Vital statistics of India. Vol. VI, European troops 1870-79
Year: 1870
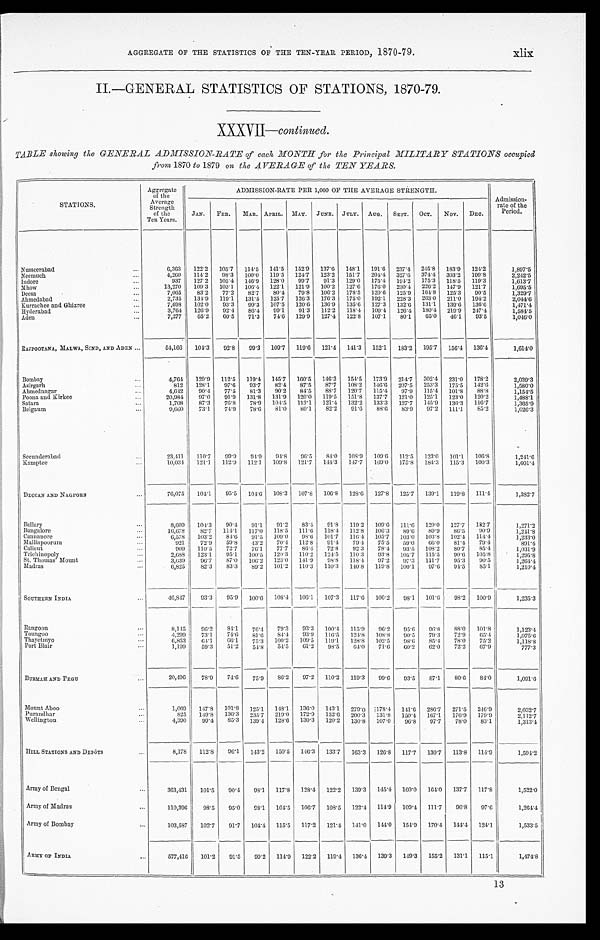
AGGREGATE OF THE STATISTICS OF THE TEN-YEAR PERIOD, 1870-79.
xlix
II.—GENERAL STATISTICS OF STATIONS, 1870-79.
XXXVII—continued.
TABLE showing the GENERAL ADMISSION-RATE of each MONTH for the Principal MILITARY STATIONS occupied
from 1870 to 1879 on the AVERAGE of the TEN YEARS.
STATIONS.
Aggregate
of the
Average
Strength
of the
Ten Years.
ADMISSION-RATE PER 1,000 OF THE AVERAGE STRENGTH.
Admission
-
rate of the
Period.
JAN.
FEB.
MAR. APRIL.
MAY.
JUNE.
JULY.
AUG.
SEPT.
OCT.
NOV.
DEC.
Nusseerabad . . .
6,363
122.2
105.7
114.5
141.5
152.9
137.6
148.1
191.6
237.4
245.8
183.9
124.2
1,897.5
Neemuch . . .
4,260
114.2
98.3
100.0
119.5
124.7
123.2
151.7
204.4
327.6
374.4
303.2
199.8
2,242.5
Indore . . .
937
127.2
105.4
146.9
128.0
99.7
91.3
129.0
175.4
194.2
175.3
118.5
119.3
1,613.7
Mhow . . .
13,270
109.3
103.1
106.4
122.1
121.9
100.2
127.6
176.0
230.4
226.2
147.9
121.7
1,695.5
Deesa . . .
7,065
83.2
77.2
82.7
80.4
79.8
106.2
178.5
120.6
125.9
164.8
125.3
90.5
1,329.7
Ahmedabad . . .
2,735
134.9
119.1
131.5
125.7
126.3
176.3
175.0
192.1
228.3
263.0
211.0
194.2
2,044.6
Kurrachee and Ghizree . . .
7,698
102.0
93.3
99.3
107.5
120.6
136.9
135.6
127.3
132.6
131.1
139.6
136.6
1, 471. 4
Hyderabad . . .
3,764
126.9
92.4
86.4
99.1
91.3
112.2
118.4
109.4
126.4
180.4
219.9
247.4
1,584.5
Aden . . .
7,277
65.2
60.5
71.3
74.6
129.9
127.4
122.8
107.1
80.1
65.0
46.1
93.5
1,046.0
RAJPOOTANA, MALWA, SIND, AND ADEN . . .
54,166
104.3
92.8
99.3
109.7
119.6
121.4
141.3
152.1
183.2
195.7
156.4
136.4
1,614.0
Bombay . . .
4,764
129.9
112.5
119.4
145.7
160.5
146.3
154.5
173.9
214.7
302.4
231.0
178.2
2,039.3
Asirgarh . . .
812
128.1
97.6
93.7
82.4
87.5
87.7
108.2
146.6
207.5
253.3
175.5
142.6
1,580.0
Ahmednagar . . .
4,642
90.4
77.5
81.3
90.2
84.5
88.7
120.7
115.4
97.9
115.4
101.8
88.8
1,154.5
Poona and Kirkee . . .
20,984
97.0
91.9
131.8
131.9
120.0
119.5
151.8
137.7
121.0
125.1
123.0
120.2
1,488.1
Satara . . .
1,708
87.3
76.8
78.9
104.5
113.1
121.4
132.2
133.3
127.7
145.9
136.3
116.7
1,365.9
Belgaum . . .
9,660
73.1
74.9
78.6
81.0
80.1
82.2
91.6
88.6
83.9
97.2
111.1
85.2
1,026.3
Secunderabad . . .
23,411
110.7
99.9
94.9
94.8
96.5
84.0
108.9
109.6
112.5
123.0
101.1
106.8
1,241.6
Kamptee . . .
10,034
121.1
112.9
112.1
109.8
121.7
144.3
147.7
169.0
175.8
184.3
115.3
100.3
1,601.4
DECCAN AND NAGPORE . . .
76,075
104.1
95.5
104.6
108.3
107.8
106.8
128.6
127.8
125.7
139.1
119.8
111.4
1,382.7
Bellary . . .
8,609
104.3
90.4
91.1
91.2
83.4
91.8
119.2
109.6
111.6
120.0
127.7
132.7
1,271.2
Bangalore . . .
16,678
82.7
114.1.
117.0
118.5
111.6
118.4
112.8
106.3
89.6
89.9
86.5
90.9
1,241.8
Cannanore . . .
6,578
103.2
84.6
91.5
109.0
98.6
101.7
116.4
105.7
103.0
103.8
102.4
114.4
1,233.0
Malliapoorum . . .
921
72.9
59.8
43.2
70.4
112.8
91.4
79.4.
75.5
59.0
66.0
81.4
79.4
891.4
Calicut . . .
909
110.5
72.7
76.1
77.7
86.4
72.8
92.3
78.4
93.5
108.2
80.7
85.4
1,031.9
Tricbinopoly . . .
2,688
123.1
95.1
100.5
120.3
110.2
124.5
110.3
93.8
105.7
115.5
90.6
105.8
1,295.8
St. Thomas' Mount . . .
3,639
96.7
87.0
106.2
123.0
141.9
98.8
118.4
97.2
97.3
111.7
95.3
90.5
1,264.4
Madras . . .
6,825
82.3
83.3
89.2
101.2
110.3
110.3
140.8
119.8
100.1
97.6
94.5
85.1
1,210.4
SOUTHERN INDIA . . .
46,847
93.3
95.9
100.6
108.4
106.1
107.3
117.6
106.2
98.1
101.6
98.2
100.9
1,235.3
Rangoon . . .
8,145
96.2
84.1
76.4
79.3
93.3
100.4
115.9
9 6 . 2
95.6
96.8
88.0
101.8
1,123.4
Toungoo . . .
4,299
73.1
74.6
81.6
84.4
93.9 116.5
124.8
108.8
9 0 . 5
79.3
72.9
65.4
1,075.6
Thayetmyo . . .
6,853
64.1
6 6 . 1
75.3
100.2
109.5
119.1
128.8
102.5
98.6
85.4
78.0
75.2
1,118.8
Port Blair . . .
1,199
59.3
51.2
54.8
54.5
61.2
98.5
6 4 . 0
71.6
60.2
62.0
72.2
67.9
777.3
BURMAH AND PEGU . . .
20,496
78.9
74.6
75.9
86.2
97.2
110.2
119.3
99.6
93.5
87.1
80.6
84.0
1,091.6
Mount Aboo . . .
1,069
147.8
101.8
125.1
148.1
136.0
143.1
279.0
178.4
141.6
286.7
271.5
246.9
2,032.7
Purandhar . . .
825
149.8
136.3
235.7
219.0
172.9
152.6
200.3
131.8
150.4
167.1
176.9
179.9
2,112.7
Wellington . . .
4,390
99.4
85.3
139.4
128.6
130.3
120.2
130.8
107.0
96.8
97.7
78.0
83.1
1,313.4
HILL STATIONS AND DEPÔTS . . .
8,178
112.8
96.1
143.2
150.5
146.3
133.7
163.3
126.8
117.7
130.7
113.8
114.9
1,594.2
Army of Bengal . . .
363,431
101.5
90.4
98.1
117.8
128.4
122.2
139.3
145.4
160.0
164.0
137.7
117.8
1,522.0
Army of Madras . . .
110,396
98.5
95.0
98.1
104.5
106.7
108.5
122.4
114.9
109.4
111.7
96.8
97.6
1,264.4
Army of Bombay . . .
103,587
102.7
91.7
104.4
115.5
117.2
121.4
141.0
144.0
154.9
170.4 144.4
124.1
1,533.5
ARMY OF INDIA . . .
577,416
101.2
91.5
99.2
114.9
122.2
119.4
136.4
139.3
149.3
155.2
131.1
115.1
1,474.8
13